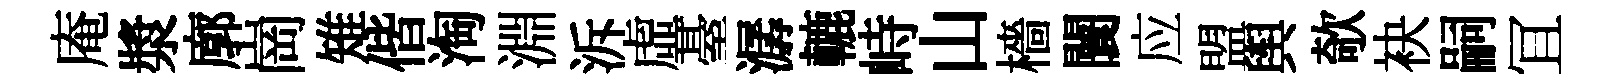
庵漿廓崗雉偕淘淵泝虛䑓潺轆峙山檣闤应盟舆欹袂嗣冝